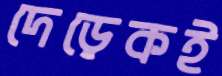
দেড়েকই